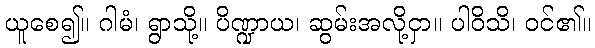
ယူစေ၍။ ဂါမံ၊ ရွာသို့။ ပိဏ္ဍာယ၊ ဆွမ်းအလို့ငှာ။ ပါဝိသိ၊ ဝင်၏။